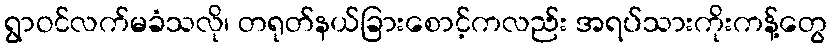
ရွာဝင်လက်မခံသလို၊ တရုတ်နယ်ခြားစောင့်ကလည်း အရပ်သားကိုးကန့်တွေ